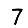
Digit: 7